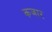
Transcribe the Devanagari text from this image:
कजार